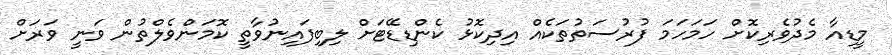
މީޑިއާ މެދުވެރިކޮށް ހަމަހަމަ ފުރުސަތުތަކެއް އިދިކޮޅު ކެންޑިޑޭޓަށް ލިބިފައިނުވާތީ ކޮމަންވެލްތުން ވަނީ ވަރަށް